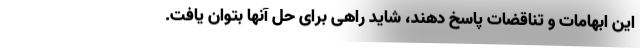
این ابهامات و تناقضات پاسخ دهند، شاید راهی برای حل آنها بتوان یافت.